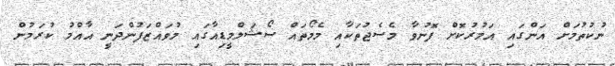
ނުކުތުމަށް އަންގައި އަމުރުކޮށް ފޮނުވާ މެސެޖުތަކާއި މެމޯތައް ސޯޝަލްމީޑިއާގައި މުވައްޒަފުންދަނީ އާއްމު ކުރަމުން